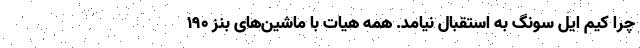
چرا کیم ایل سونگ به استقبال نیامد. همه هیات با ماشین‌های بنز ۱۹۰